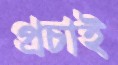
প্রচাই